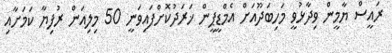
ރައީސް ޔާމީން ވިދާޅުވީ މަހިބަދޫއަށް އެމްޑީޕީން ޚަރަދުކޮށްފައިވަނީ 50 މިލިއަން ރުފިޔާ ކަމަށާއި